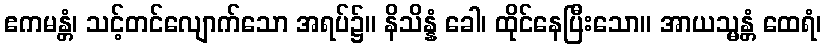
ဧကမန္တံ၊ သင့်တင်လျောက်သော အရပ်၌။ နိသိန္နံ ခေါ၊ ထိုင်နေပြီးသော။ အာယသ္မန္တံ ထေရံ၊